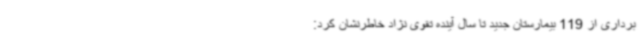
برداری از 119 بیمارستان جدید تا سال آینده تقوی نژاد خاطرنشان کرد: